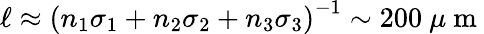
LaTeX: \begin{array}{r}{\ell\approx\left(n_{1}\sigma_{1}+n_{2}\sigma_{2}+n_{3}\sigma_{3}\right)^{-1}\sim 200~\mu\mathrm{~m~}}\end{array}